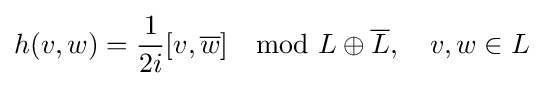
h(v,w)={\frac {1}{2i}}[v,{\overline {w}}]\mod L\oplus {\overline {L}},\quad v,w\in L